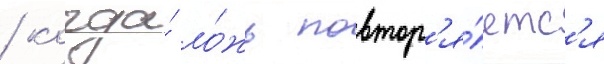
/ когда́ ло́жь повтор'я́етс'я